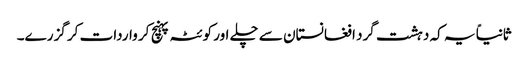
ثانیاً یہ کہ دہشت گرد افغانستان سے چلے اور کوئٹہ پہنچ کر واردات کر گزرے۔